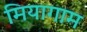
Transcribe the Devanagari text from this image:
मियागाम